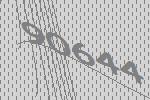
90644